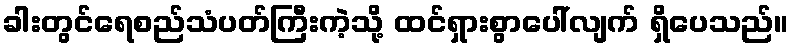
ခါးတွင်ရေစည်သံပတ်ကြီးကဲ့သို့ ထင်ရှားစွာပေါ်လျက် ရှိပေသည်။